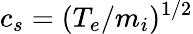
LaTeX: c_{s}=(T_{e}/m_{i})^{1/2}